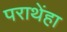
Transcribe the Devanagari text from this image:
पराथेंहा